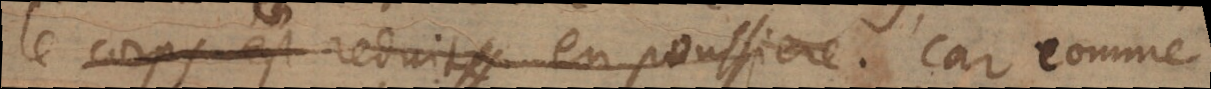
le corps est reduit en poussiere. car comme